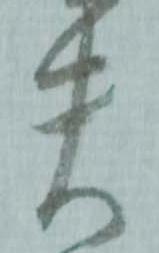
失